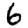
Digit: 6